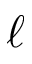
\ell